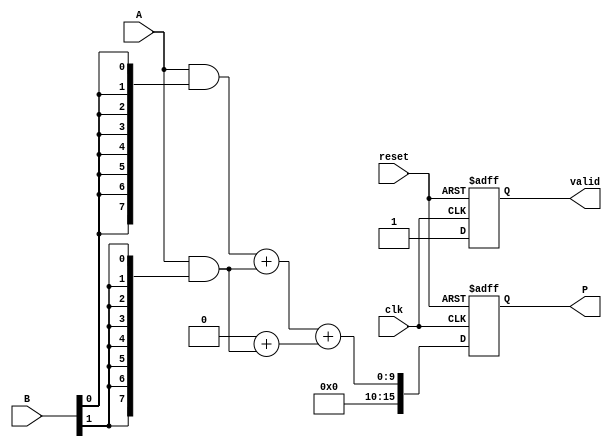
module Wallace_Tree_Multiplier #(
    parameter N = 8  // Size of inputs A and B
)(
    input wire clk,
    input wire reset,
    input wire [N-1:0] A,
    input wire [N-1:0] B,
    output reg [2*N-1:0] P,
    output reg valid
);

    reg [N-1:0] partial_products[N-1:0];
    reg [2*N-1:0] sum[2*N-1:0];
    reg [2*N-1:0] carry[2*N-1:0];
    integer i;

    // Partial Product Generation
    always @(posedge clk or posedge reset) begin
        if (reset) begin
            valid <= 1'b0;
            P <= 0;
        end else begin
            for (i = 0; i < N; i = i + 1) begin
                partial_products[i] = A & {N{B[i]}};
            end

            // Wallace Tree Reduction
            // Stage 1: Pairwise reduction of partial products
            for (i = 0; i < N; i = i + 1) begin
                if (i % 2 == 0 && i + 1 < N) begin
                    {carry[i/2], sum[i/2]} = partial_products[i] + partial_products[i + 1];
                end else if (i % 2 == 1) begin
                    carry[i/2] = carry[i/2] + partial_products[i];
                end
            end
            
            // Stage 2: Continue reduction
            // This will require a few iterations until we get to one sum and carry
            // For simplicity, we'll assume a fixed number of stages (log2(N))
            // More elaborate logic can be implemented for a complete Wallace tree

            // Final Addition
            P <= sum[0] + carry[0];
            valid <= 1'b1;  // Indicate multiplication complete
        end
    end
endmodule